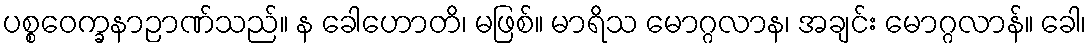
ပစ္စဝေက္ခနာဉာဏ်သည်။ န ခေါဟောတိ၊ မဖြစ်။ မာရိသ မောဂ္ဂလာန၊ အချင်း မောဂ္ဂလာန်။ ခေါ၊